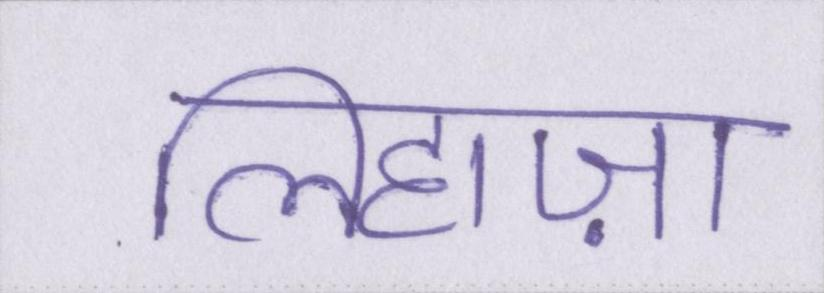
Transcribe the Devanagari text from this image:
लिहाज़ा